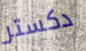
دكستر